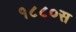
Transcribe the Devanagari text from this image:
१८८०स